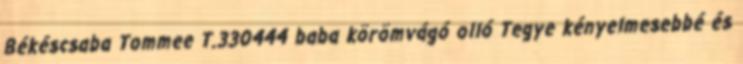
Békéscsaba Tommee T.330444 baba körömvágó olló Tegye kényelmesebbé és